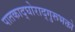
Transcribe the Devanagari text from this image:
पातकाद्घोराद्गुरूभक्तो